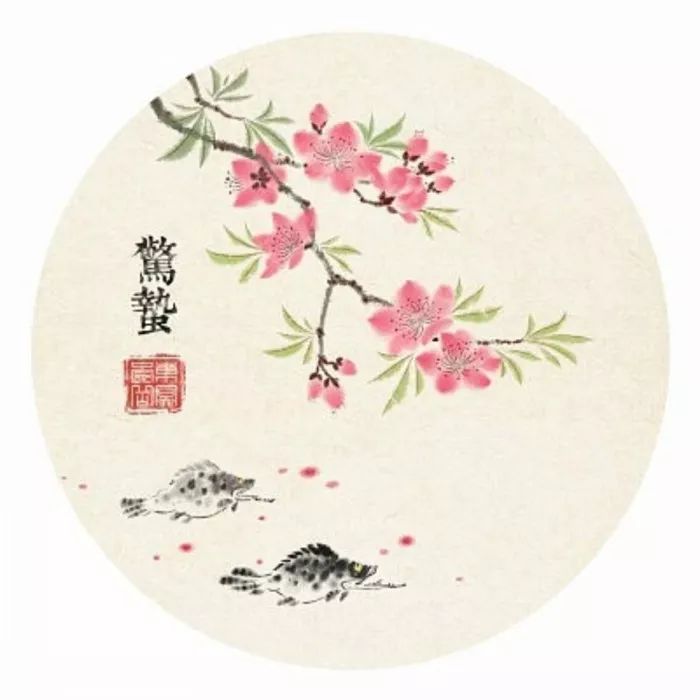
脊令各有思归恨，日月相催雪满颠。